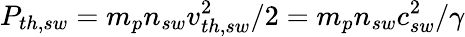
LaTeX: P_{th,sw}=m_{p}n_{sw}v_{th,sw}^{2}/2=m_{p}n_{sw}c_{sw}^{2}/\gamma